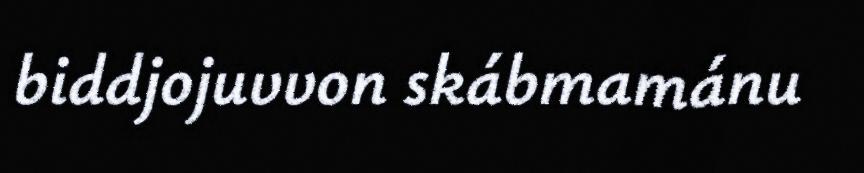
biddjojuvvon skábmamánu